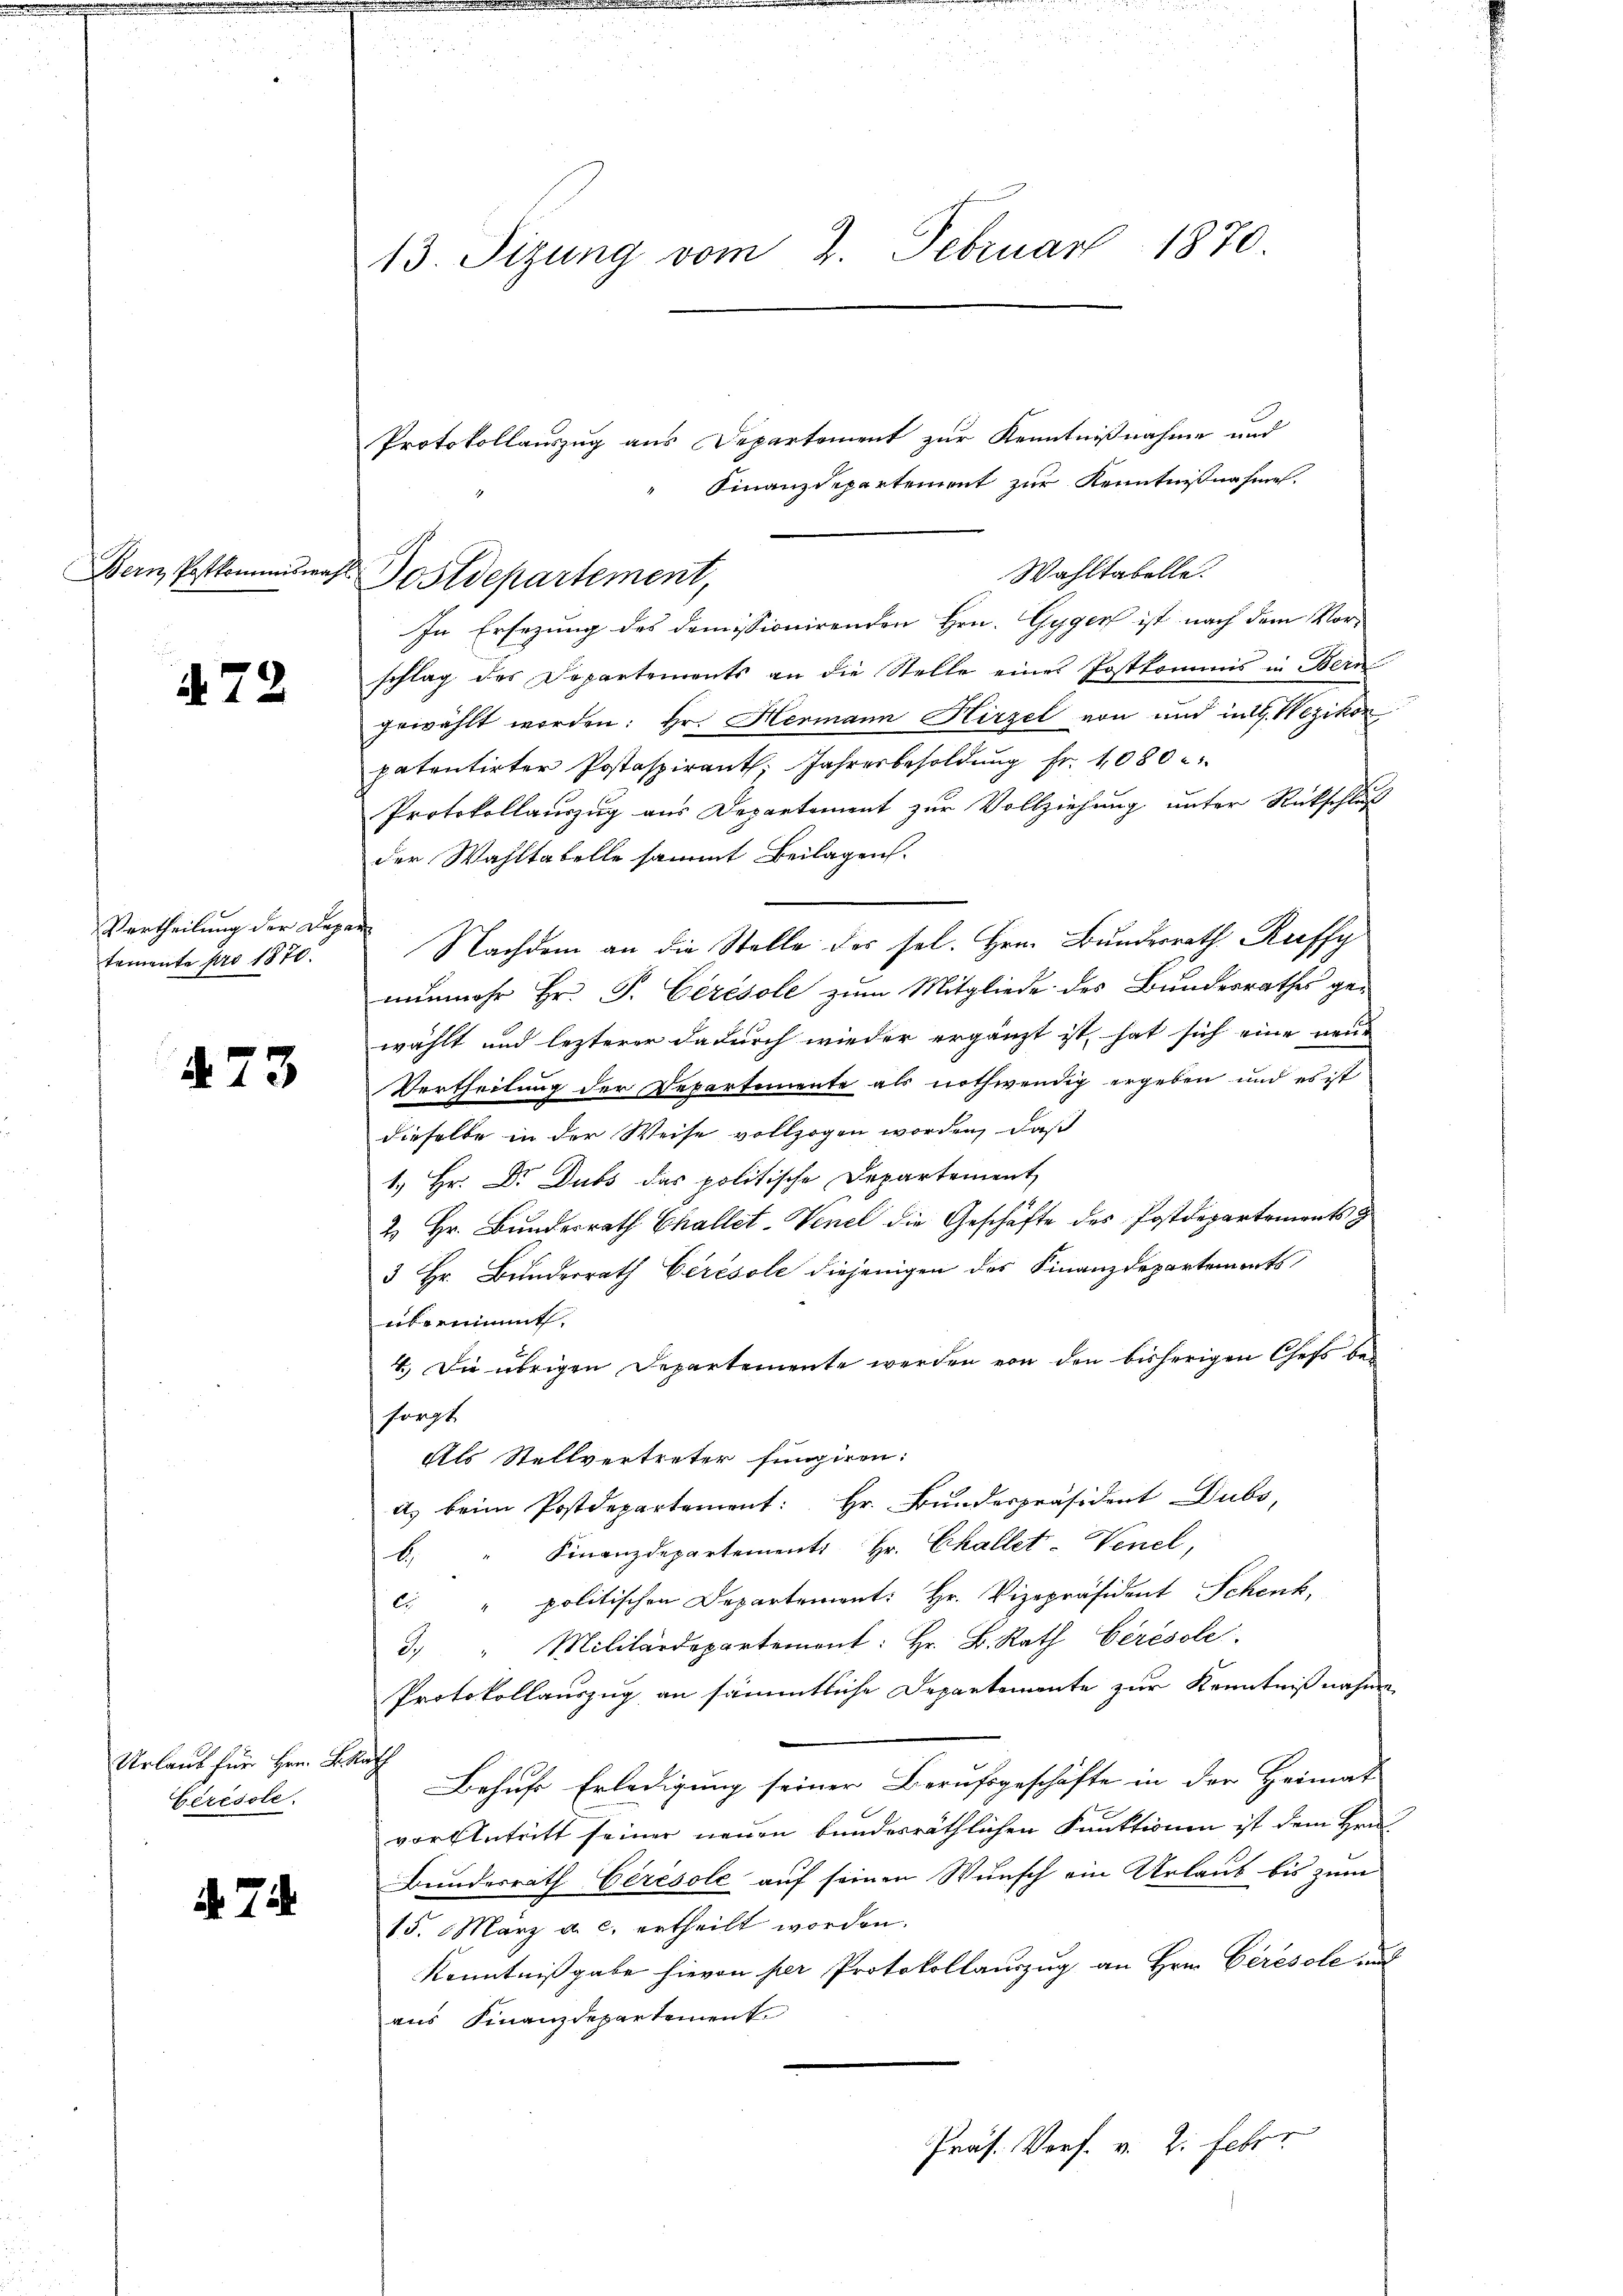
Bern Postkommiswa

72

Vertheilung der Depa
temente pro 1870.

473

Urlaub für Hrn. B
Ceresole.

4 Ti

13. Sizung vom 2. Februar 1870

. Postdepartement,

Protokollauszug aus Departement zur Kenntnißnahme und
Finanzdepartement zur Kenntnißnahme.
Wahltabelle.
In Ersezung des domissionirenden Hrn. Gyger ist nach dem Vor-
schlag des Departements an die Stelle eines Postkommis in Bern
gewählt worden: Hr. Hermann Hirzel von und in G. Wezikon
patentirter Postaspirant. Jahresbesoldung fr. 1080
Protokollauszug aus Departement zur Vollziehung unter Rückschluß
der Wahltabelle sammt Beilagen.
Nachdem an die Stelle des sel. Hrn. Bunderrath Rueffy
nunmehr Hr. P. Cerésole zum Mitgliede des Bundesrathes gewählt und lezterer dadurch wieder ergänzt ist, hat sich eine neue
Vertheilung der Departemente als nothwendig ergeben und es ist
dieselbe in der Weise vollzogen worden, daß
1.) Hr. Dr. Dubs das politische Departement
2 Hr. Bundesrath Challet, Venel die Geschäfte des Postdepartements g
3 Hr. Bunderrath Cerésole diejenigen des Finanzdepartements
übernimmt.
4.) Die übrigen Departemente werden von den bisherigen Chefs be-
sorgt
Als Stellvertreter fungiren:
a) beim Postdepartement: Hr. Bundespräsident Dubs,
Finanzdepartement Hr. Challet-Venel,
b
c. " politischen Departement: Hr. Vizepräsident Schenk,
3. " Militärdepartement: Hr. B. Rath Ceresole
Protokollauszug an sämmtliche Departemente zur Kenntnißnahme
ih
Behufs Erledigung seiner Berufsgeschäfte in der Heimat
vor Antritt seiner neuen bundesräthlichen Funktionen ist dem Hrn.
Bundesrath Cérésole auf seinen Wunsch ein Urlaub bis zum
15. März a. c. ertheilt worden.
Kenntnißgabe hievon per Protokollauszug an Hrn. Ceresole und
aus Finanzdepartement
Präs. Vorf. v. 2. Feber